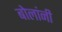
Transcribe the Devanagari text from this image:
बोलांनी